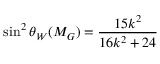
\sin ^ { 2 } \theta _ { W } ( M _ { G } ) = \frac { 1 5 k ^ { 2 } } { 1 6 k ^ { 2 } + 2 4 }